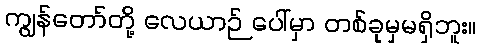
ကျွန်တော်တို့ လေယာဉ် ပေါ်မှာ တစ်ခုမှမရှိဘူး။